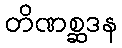
တိဏစ္ဆဒန